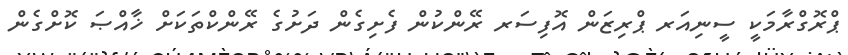
ޕްރޮގްރާމަކީ ސީނިއަރ ޕްރިޒަން އޮފިސަރ ރޭންކުން ފެށިގެން ދަށުގެ ރޭންކްތަކަށް ޚާއްޞަ ކޮށްގެން